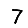
Digit: 7